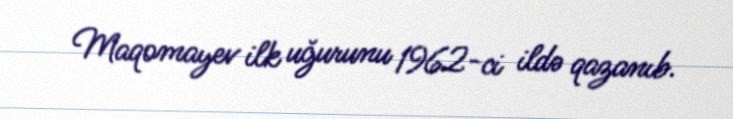
Maqomayev ilk uğurunu 1962-ci ildə qazanıb.